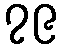
၇၉